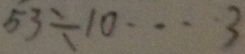
5 3 \div 1 0 \cdots 3